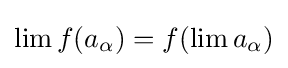
\lim f(a_{\alpha })=f(\lim a_{\alpha })